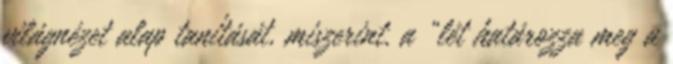
világnézet alap tanítását, miszerint, a „lét határozza meg a